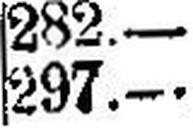
297.—